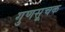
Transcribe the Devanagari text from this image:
गुणसूचक